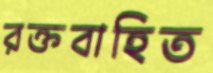
রক্তবাহিত